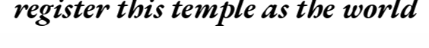
register this temple as the world